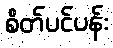
စိတ်ပင်ပန်း